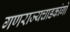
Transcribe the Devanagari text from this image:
गणराज्यचाडकांगो